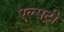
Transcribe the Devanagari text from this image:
एल्सट्री